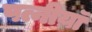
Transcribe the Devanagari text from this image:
पत्नीय़ॉ